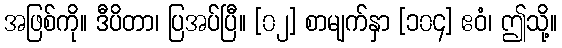
အဖြစ်ကို။ ဒီပိတာ၊ ပြအပ်ပြီ။ [၀၂] စာမျက်နှာ [၁၀၄] ဧဝံ၊ ဤသို့။